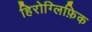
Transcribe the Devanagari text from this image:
हिरोग्लिफ़िक